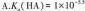
A.$$K_{a}(HA)=I×10^{-5.5}$$